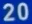
20